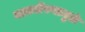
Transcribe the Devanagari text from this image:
नाकर्तेपणामुळे